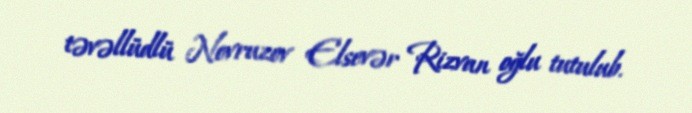
təvəllüdlü Novruzov Elsevər Rizvan oğlu tutulub.